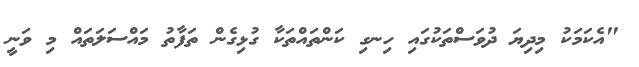
"އެކަމަކު މިދިޔަ ދުވަސްތަކުގައި ހިނގި ކަންތައްތަކާ ގުޅިގެން ތަފާތު މައްސަލަތައް މި ވަނީ